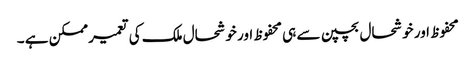
محفوظ اور خوشحال بچپن سے ہی محفوظ اور خوشحال ملک کی تعمیر ممکن ہے ۔